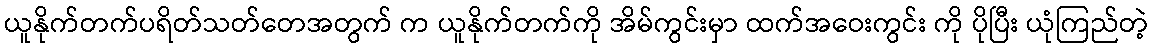
ယူနိုက်တက်ပရိတ်သတ်တေအတွက် က ယူနိုက်တက်ကို အိမ်ကွင်းမှာ ထက်အဝေးကွင်း ကို ပိုပြီး ယုံကြည်တဲ့